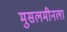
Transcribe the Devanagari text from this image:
मुसलमीनला